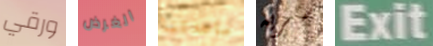
ورقي الغرض ساعدتنا سريه Exit